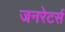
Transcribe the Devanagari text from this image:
जनरेटर्स